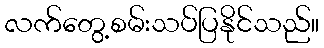
လက်တွေ့စမ်းသပ်ပြနိုင်သည်။